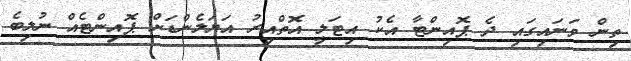
ތިން ވަނައިގައި ދެ ޕޮއިންޓާ އެކު އިޓަލީ އޮތްއިރު އަޔަލެންޑަށް ޕޮއިންޓެއް ނުލިބެ